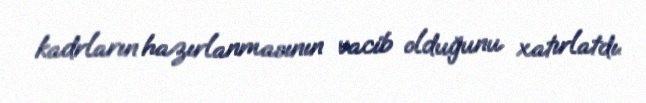
kadrların hazırlanmasının vacib olduğunu xatırlatdı.